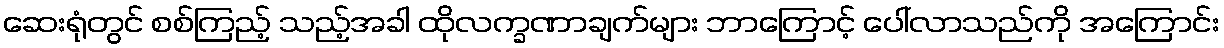
ဆေးရုံတွင် စစ်ကြည့် သည့်အခါ ထိုလက္ခဏာချက်များ ဘာကြောင့် ပေါ်လာသည်ကို အကြောင်း